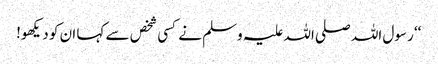
‘‘ رسول اللہ صلی اللہ علیہ وسلم نے کسی شخص سے کہا ان کو دیکھو!